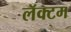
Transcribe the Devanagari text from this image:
लॅक्टम